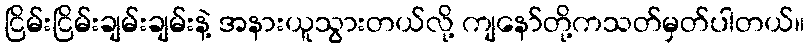
ငြိမ်းငြိမ်းချမ်းချမ်းနဲ့ အနားယူသွားတယ်လို့ ကျနော်တို့ကသတ်မှတ်ပါတယ်။